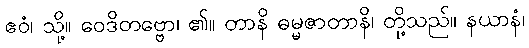
ဧဝံ၊ သို့။ ဝေဒိတဗ္ဗော၊ ၏။ တာနိ ဓမ္မဇာတာနိ၊ တို့သည်။ နယာနံ၊